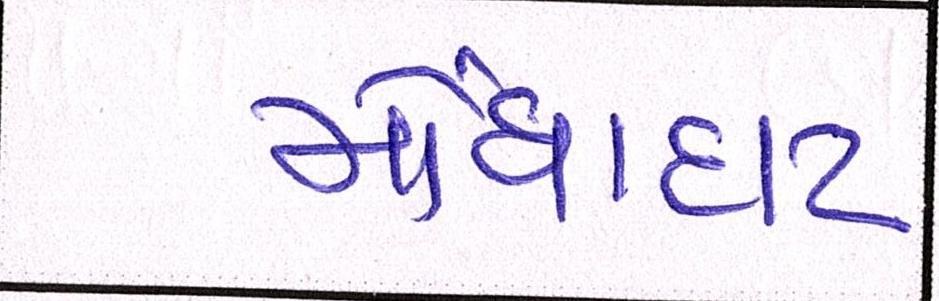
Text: મોંઘાદાટ